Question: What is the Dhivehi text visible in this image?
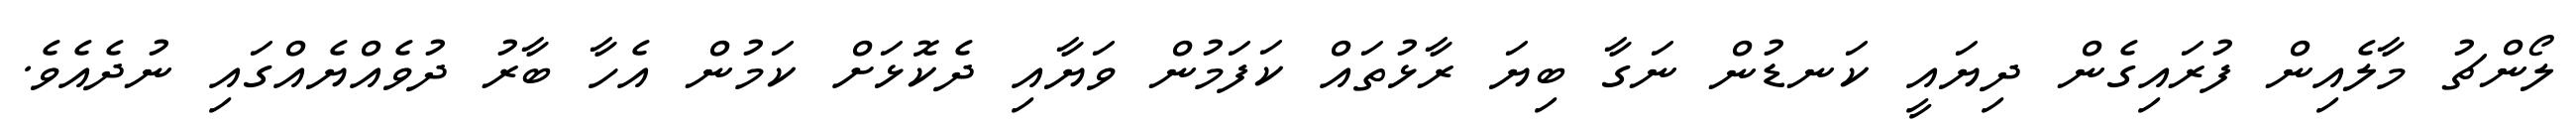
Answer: ލޯންޗު މާލެއިން ފުރައިގެން ދިޔައީ ކަނޑުން ނަގާ ބިޔަ ރާޅުތައް ކަފަމުން ވަޔާއި ދެކޮޅަށް ކަމުން އެހާ ބާރު ދުވެއްޔެއްގައި ނުދެއެވެ.